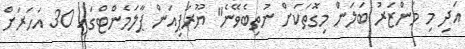
އަދި މި މަންޒަރު ބަލަން މިގޮތަކަށް ނުތިބެވޭނެ" ޔޫރަޕިއަން ޕާލަމެންޓްގައި 30 އަހަރަށް